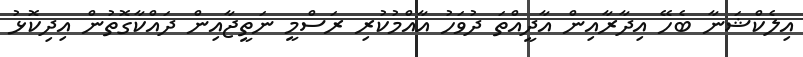
އިލެކްޝަނާ ބެހޭ އިދާރާއިން އާދީއްތަ ދުވަހު އާއްމުކުރި ރަސްމީ ނަތީޖާއިން ދައްކާގޮތުން އިދިކޮޅު